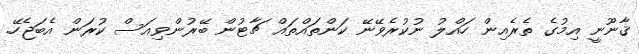
ޤާނޫނީ އިމުގެ ތެރެއިން ހައްލު ނުކުރެވޭނޭ ކަންތައްތައް ޗާޓުން ބޭރުންވިއަސް ކުރަން އެބަޖެހޭ.